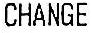
CHANGE